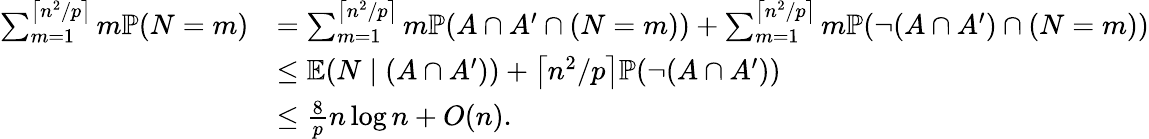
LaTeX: \begin{array}{rl}{\sum_{m=1}^{\left\lceil n^{2}/p\right\rceil}m\mathbb{P}(N=m)}&{=\sum_{m=1}^{\left\lceil n^{2}/p\right\rceil}m\mathbb{P}(A\cap A^{\prime}\cap(N=m))+\sum_{m=1}^{\left\lceil n^{2}/p\right\rceil}m\mathbb{P}(\neg(A\cap A^{\prime})\cap(N=m))}\\ &{\leq\mathbb E(N\mid(A\cap A^{\prime}))+\left\lceil n^{2}/p\right\rceil\mathbb{P}(\neg(A\cap A^{\prime}))}\\ &{\leq\frac{8}{p}n\log n+O(n).}\end{array}